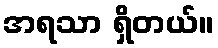
အရသာ ရှိတယ်။